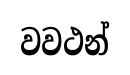
වවථන්